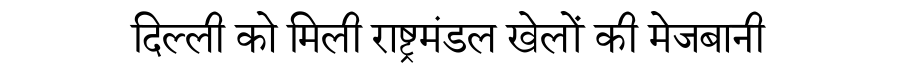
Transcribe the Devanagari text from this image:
दिल्ली को मिली राष्ट्रमंडल खेलों की मेजबानी